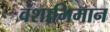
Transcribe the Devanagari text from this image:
वंशाभिमान